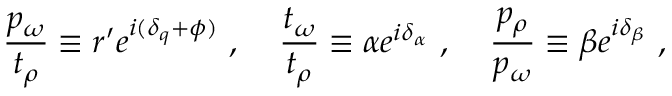
\frac { p _ { \omega } } { t _ { \rho } } \equiv r ^ { \prime } e ^ { i ( \delta _ { q } + \phi ) } \ , \; \; \; \; \frac { t _ { \omega } } { t _ { \rho } } \equiv \alpha e ^ { i \delta _ { \alpha } } \ , \; \; \; \; \frac { p _ { \rho } } { p _ { \omega } } \equiv \beta e ^ { i \delta _ { \beta } } \ ,